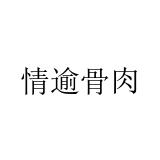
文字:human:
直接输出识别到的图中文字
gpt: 情逾骨肉